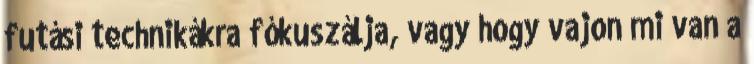
futási technikákra fókuszálja, vagy hogy vajon mi van a